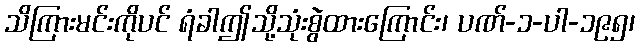
သိကြားမင်းကိုပင် ရံခါဤသို့သုံးစွဲထားကြောင်း၊ ပဏ်-၁-ပါ-၁၉၅၊